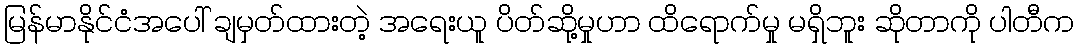
မြန်မာနိုင်ငံအပေါ် ချမှတ်ထားတဲ့ အရေးယူ ပိတ်ဆို့မှုဟာ ထိရောက်မှု မရှိဘူး ဆိုတာကို ပါတီက